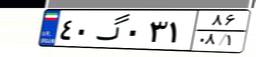
۱۵گ۴۱۸۵۴